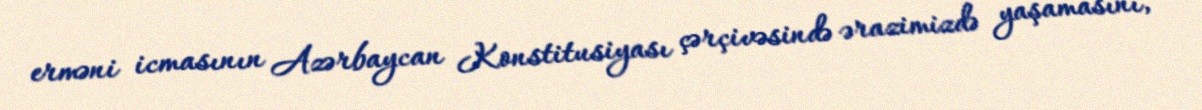
erməni icmasının Azərbaycan Konstitusiyası çərçivəsində ərazimizdə yaşamasını,